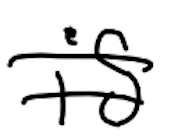
Text: is
Cross-out: double-line
Writing tool: digital_black